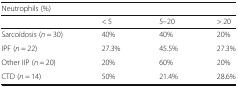
<table><thead><tr><td colspan="4"><b>Neutrophils (%)</b></td></tr><tr><td></td><td><b>&lt; 5</b></td><td><b>5–20</b></td><td><b>&gt; 20</b></td></tr></thead><tbody><tr><td>Sarcoïdosis (<i>n</i> = 30)</td><td>40%</td><td>40%</td><td>20%</td></tr><tr><td>IPF (<i>n</i> = 22)</td><td>27.3%</td><td>45.5%</td><td>27.3%</td></tr><tr><td>Other IIP (<i>n</i> = 20)</td><td>20%</td><td>60%</td><td>20%</td></tr><tr><td>CTD (<i>n</i> = 14)</td><td>50%</td><td>21.4%</td><td>28.6%</td></tr></tbody></table>